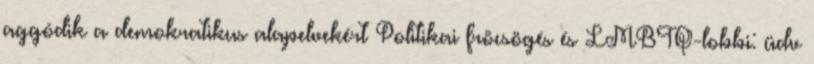
aggódik a demokratikus alapelvekért Politikai fröcsögés és LMBTQ-lobbi: üdv